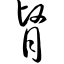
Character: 肾